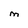
Character: M